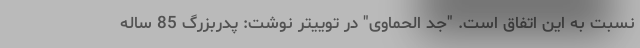
نسبت به این اتفاق است. "جد الحماوی" در توییتر نوشت: پدربزرگ 85 ساله